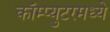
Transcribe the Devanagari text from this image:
कॉम्प्युटरमध्ये